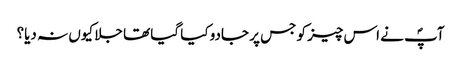
آپؐ نے اس چیز کو جس پر جادو کیا گیا تھا جلا کیوں نہ دیا؟